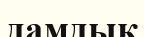
дамдық